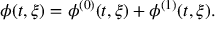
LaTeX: \phi ( t , \xi ) = \phi ^ { ( 0 ) } ( t , \xi ) + \phi ^ { ( 1 ) } ( t , \xi ) .